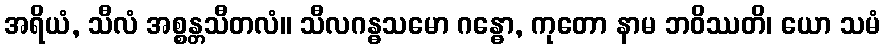
အရိယံ, သီလံ အစ္စန္တသီတလံ။ သီလဂန္ဓသမော ဂန္ဓော, ကုတော နာမ ဘဝိဿတိ၊ ယော သမံ